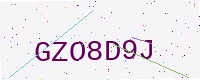
Text: GZO8D9J